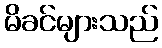
မိခင်များသည်